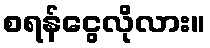
စရန်ငွေလိုလား။